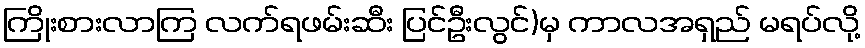
ကြိုးစားလာကြ လက်ရဖမ်းဆီး ပြင်ဦးလွင်)မှ ကာလအရှည် မရပ်လို့